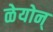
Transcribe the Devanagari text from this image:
ळेयोन्